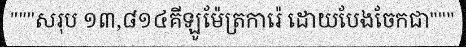
"""សរុប ១៣,៨១៤គីឡូម៉ែត្រការ៉េ ដោយបែងចែកជា"""